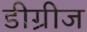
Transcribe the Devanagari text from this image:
डीग्रीज